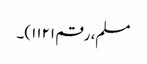
مسلم، رقم ۱۱۲۱)۔